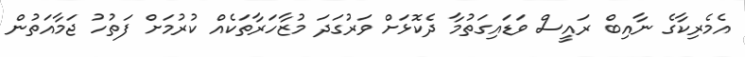
އެމެރިކާގެ ނާއިބް ރައީސް ވަޑައިގަތުމާ ދެކޮޅަށް ވަރުގަދަ މުޒާހަރާތަކެއް ކުރުމަށް ފަތުހު ޖަމާއަތުން